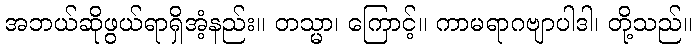
အဘယ်ဆိုဖွယ်ရာရှိအံ့နည်း။ တသ္မာ၊ ကြောင့်။ ကာမရာဂဗျာပါဒါ၊ တို့သည်။